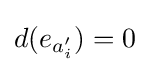
d(e_{a'_{i}})=0